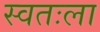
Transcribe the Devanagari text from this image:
स्‍वतःला